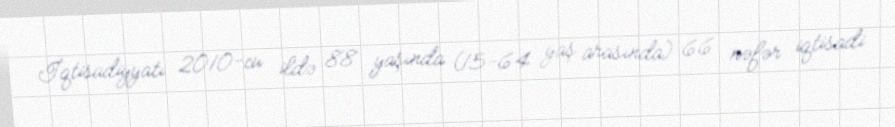
İqtisadiyyatı 2010-cu ildə 88 yaşında (15-64 yaş arasında) 66 nəfər iqtisadi